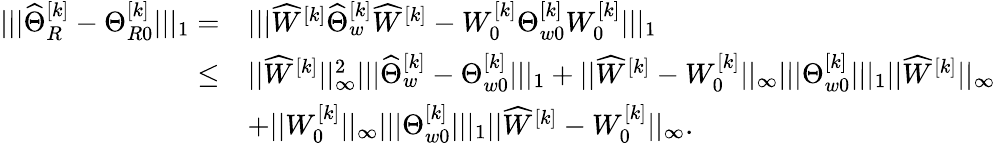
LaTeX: \begin{array}{rl}{|||\widehat{\Theta}_{R}^{[k]}-\Theta_{R0}^{[k]}|||_{1}=}&{|||\widehat{W}^{[k]}\widehat{\Theta}_{w}^{[k]}\widehat{W}^{[k]}-W_{0}^{[k]}\Theta_{w0}^{[k]}W_{0}^{[k]}|||_{1}}\\ {\leq}&{||\widehat{W}^{[k]}||_{\infty}^{2}|||\widehat{\Theta}_{w}^{[k]}-\Theta_{w0}^{[k]}|||_{1}+||\widehat{W}^{[k]}-W_{0}^{[k]}||_{\infty}|||\Theta_{w0}^{[k]}|||_{1}||\widehat{W}^{[k]}||_{\infty}}\\ &{+||W_{0}^{[k]}||_{\infty}|||\Theta_{w0}^{[k]}|||_{1}||\widehat{W}^{[k]}-W_{0}^{[k]}||_{\infty}.}\end{array}